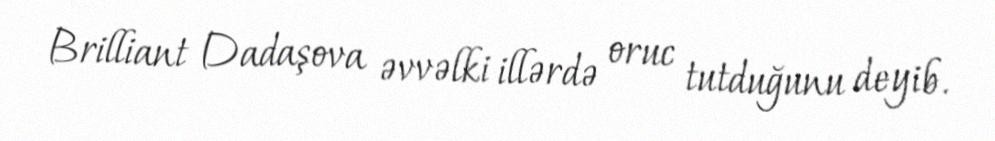
Brilliant Dadaşova əvvəlki illərdə oruc tutduğunu deyib.